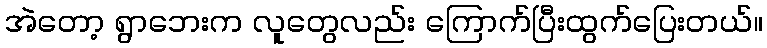
အဲတော့ ရွာဘေးက လူတွေလည်း ကြောက်ပြီးထွက်ပြေးတယ်။